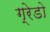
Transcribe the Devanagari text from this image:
ग्रेडो